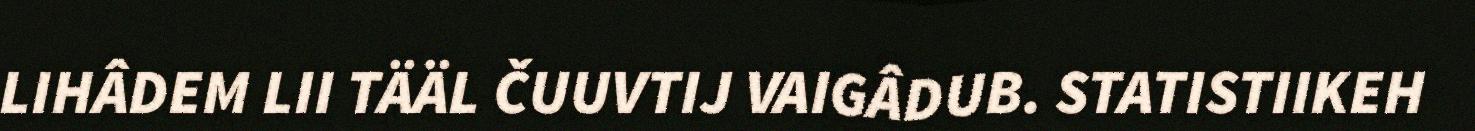
LIHÂDEM LII TÄÄL ČUUVTIJ VAIGÂDUB. STATISTIIKEH